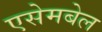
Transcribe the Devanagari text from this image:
एसेमबेल